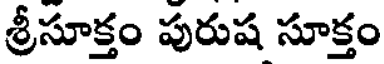
శ్రీసూక్తం పురుష సూక్తం